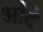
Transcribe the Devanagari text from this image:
ओदे